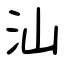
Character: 汕